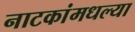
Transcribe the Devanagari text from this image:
नाटकांमधल्या